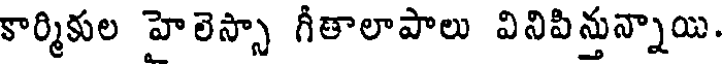
కార్మికుల హైలెస్సా గీతాలాపాలు వినిపిన్తున్నాయి.